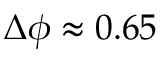
\Delta \phi \approx 0 . 6 5